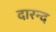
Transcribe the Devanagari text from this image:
दारन्द